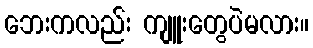
ဘေးကလည်း ကျူးတွေပဲမလား။